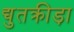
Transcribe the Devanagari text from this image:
द्युतक्रीड़ा